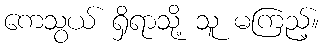
ကေသွယ် ရှိရာသို့ သူ မကြည့်။